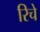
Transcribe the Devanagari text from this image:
रिचे